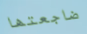
ضاجعتها